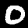
Digit: 0